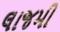
લાજમી